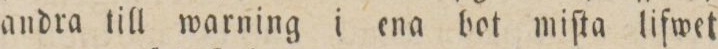
andra till warning i ena bot miſta lifwet